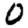
Digit: 0